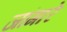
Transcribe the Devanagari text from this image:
जांगारे